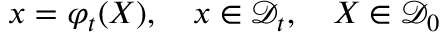
\boldsymbol { x } = { \varphi } _ { t } ( \boldsymbol { X } ) , \quad \boldsymbol { x } \in { \mathcal D } _ { t } , \quad \boldsymbol { X } \in { \mathcal D } _ { 0 }